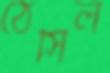
ঠেসিল